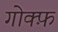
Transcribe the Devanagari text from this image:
गोक्फ़